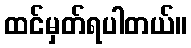
ထင်မှတ်ရပါတယ်။